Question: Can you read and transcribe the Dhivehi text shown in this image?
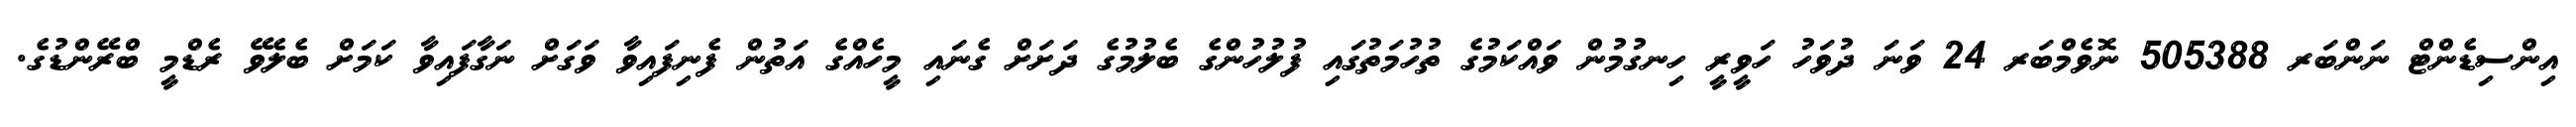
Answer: އިންސިޑެންޓް ނަންބަރ 505388 ނޮވެމްބަރ 24 ވަނަ ދުވަހު ހަވީރީ ހިނގުމުން ވައްކަމުގެ ތުހުމަތުގައި ފުލުހުންގެ ބެލުމުގެ ދަށަށް ގެނައި މީހެއްގެ އަތުން ފެނިފައިވާ ވަގަށް ނަގާފައިވާ ކަމަށް ބެލެވޭ ރެޑްމީ ބްރޭންޑުގެ.